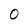
Character: 0